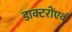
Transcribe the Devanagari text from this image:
डाक्टरोंएवं